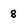
Character: 8